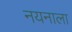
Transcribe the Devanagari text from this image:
नयनाला